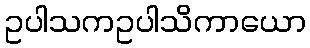
ဥပါသကဥပါသိကာယော